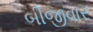
બીજીવાર